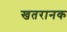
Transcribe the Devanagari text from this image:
खतरानक